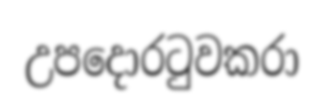
උපදොරටුවකරා